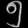
Digit: ၅